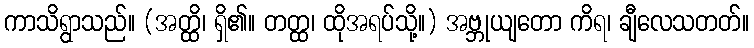
ကာသိရွာသည်။ (အတ္ထိ၊ ရှိ၏။ တတ္ထ၊ ထိုအရပ်သို့။) အဗ္ဘုယျတော ကိရ၊ ချီလေသတတ်။